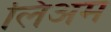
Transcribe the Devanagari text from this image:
लिअम